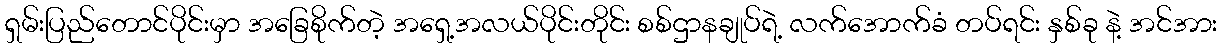
ရှမ်းပြည်တောင်ပိုင်းမှာ အခြေစိုက်တဲ့ အရှေ့အလယ်ပိုင်းတိုင်း စစ်ဌာနချုပ်ရဲ့ လက်အောက်ခံ တပ်ရင်း နှစ်ခု နဲ့ အင်အား